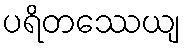
ပရိတဿေယျ